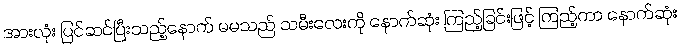
အားလုံး ပြင်ဆင်ပြီးသည့်နောက် မမသည် သမီးလေးကို နောက်ဆုံး ကြည့်ခြင်းဖြင့် ကြည့်ကာ နောက်ဆုံး